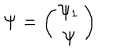
\Psi = \left( \begin{array} { c } { { \psi _ { 1 } } } \\ { { \psi } } \\ \end{array} \right)